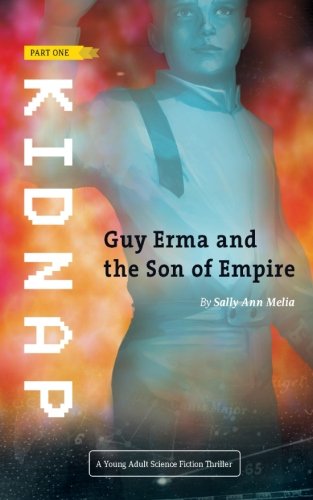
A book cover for Kidnap (Guy Erma and the Son of Empire) (Volume 1); Sally Ann Melia; Science Fiction & Fantasy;